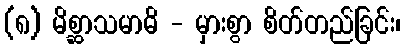
(၈) မိစ္ဆာသမာဓိ - မှားစွာ စိတ်တည်ခြင်း၊